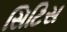
સિટિસ